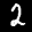
Label: 2